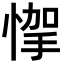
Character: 𢝟